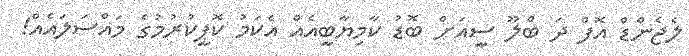
ލެޖެންޑް އޮފް ދަ ބްލޫ ސީއަށް ބޮޑު ކާމިޔާބީއެއް އެކަމު ކޮޕީކުރުމުގެ މައްސަލައެއް!